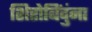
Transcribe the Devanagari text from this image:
शिरोबिंदुंना